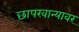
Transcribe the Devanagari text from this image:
छापखान्यावर